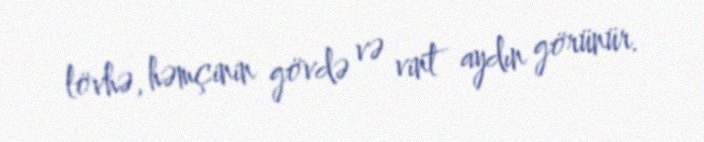
lövhə, həmçinin gövdə və vint aydın görünür.